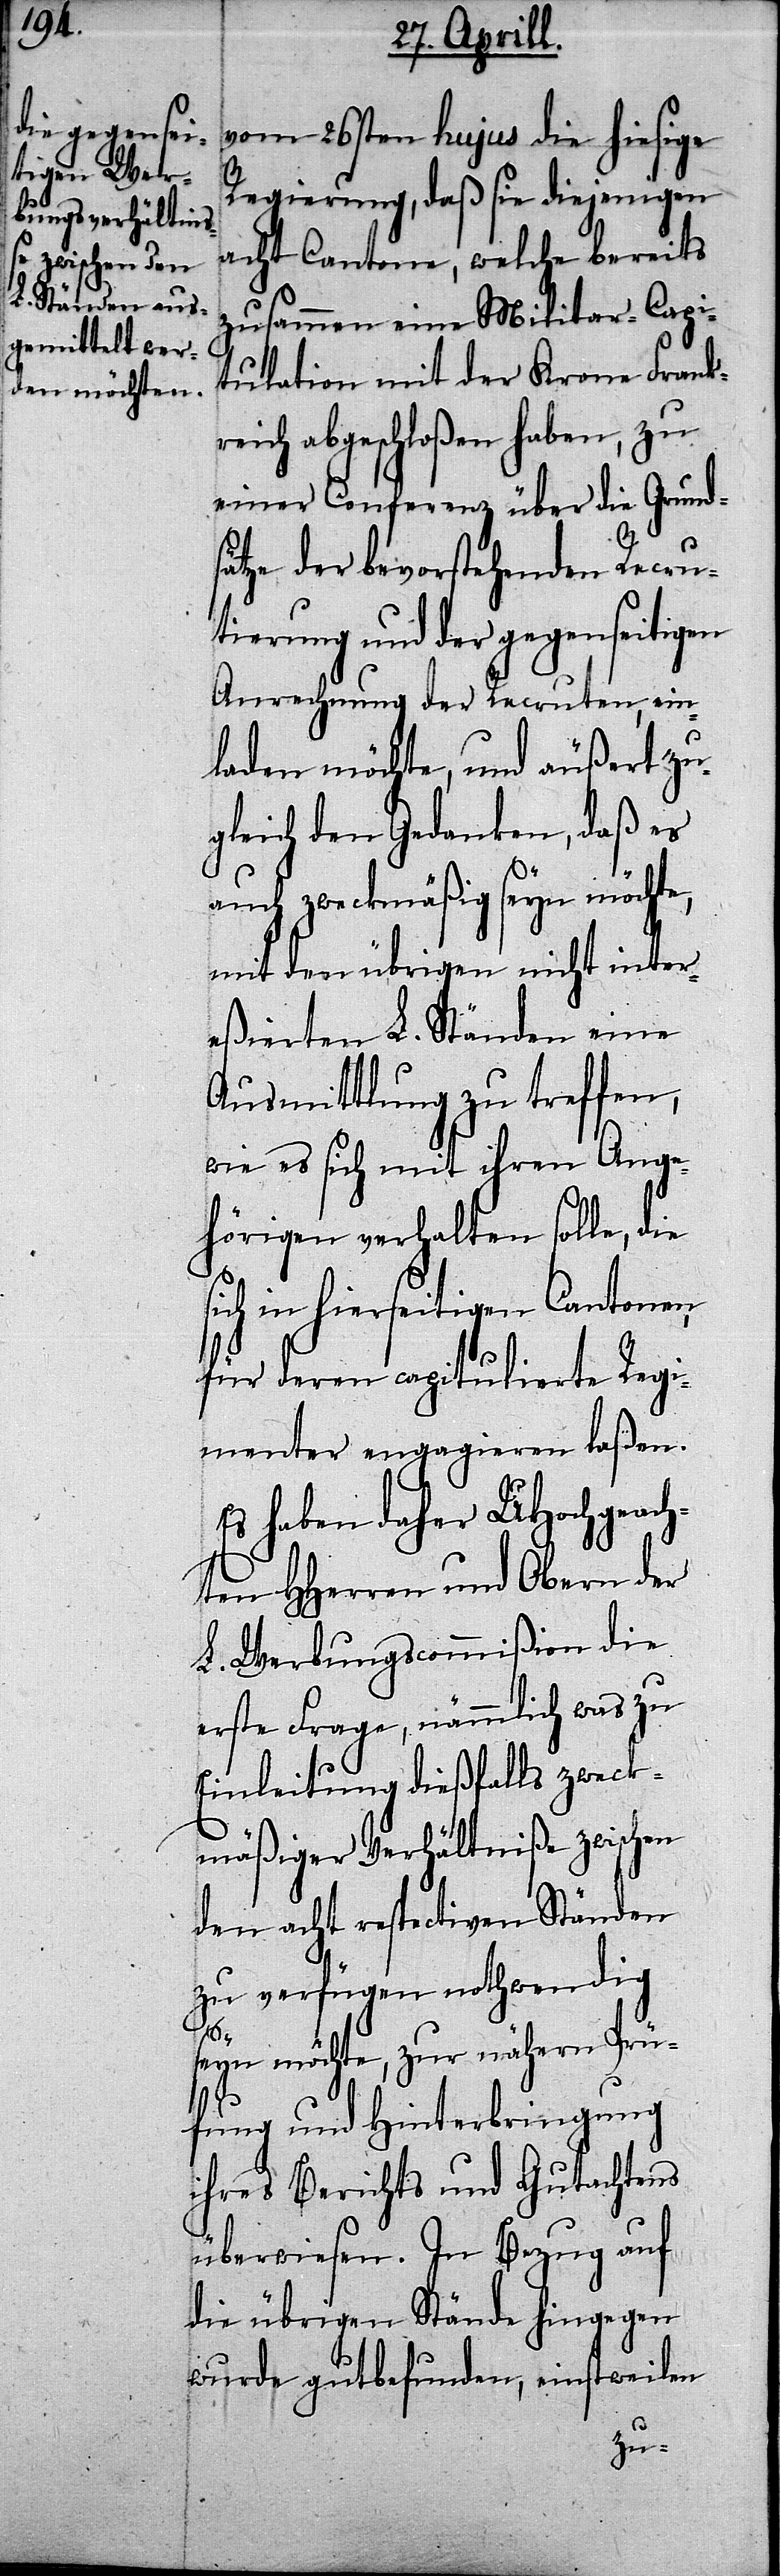
vom 26sten hujus die hiesige
Regierung, daß sie diejenigen
acht Cantone, welche bereits
zusammen eine Militar-Capi¬
tulation mit der Krone Frank¬
reich abgeschloßen haben, zu
einer Conferenz über die Grund¬
sätze der bevorstehenden Recru¬
tierung und der gegenseitigen
Anrechnung der Recruten, ein¬
laden möchte, und äußert zu¬
gleich den Gedanken, daß es
auch zweckmäßig seyn möchte,
mit den übrigen nicht inter¬
eßierten L. Ständen eine
Ausmittlung zu treffen,
wie es sich mit ihren Ange¬
hörigen verhalten solle, die
sich in hierseitigen Cantonen
für deren capitulierte Regi¬
menter engagieren laßen.
Es haben daher UHochgeach¬
ten HHerren und Obern der
L. Werbungscommißion die
erste Frage, nämmlich was zu
Einleitung dießfalls zweck¬
mäßiger Verhältniße zwischen
den acht respectiven Ständen
zu verfügen nothwendig
seyn möchte, zur nähern Prü¬
fung und Hinterbringung
ihres Berichts und Gutachtens
überwiesen. In Bezug auf
die übrigen Stände hingegen
wurde gutbefunden, einstweilen